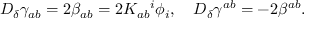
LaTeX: D _ { \delta } \gamma _ { a b } = 2 \beta _ { a b } = 2 K _ { a b } { ^ { i } } \phi _ { i } , \quad D _ { \delta } \gamma ^ { a b } = - 2 \beta ^ { a b } .